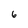
Character: 6